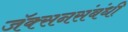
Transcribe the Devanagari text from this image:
जॅक्सनसंबंधी